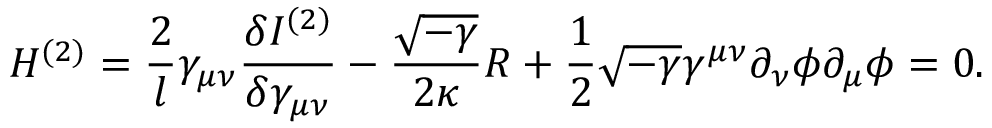
{ \cal H } ^ { ( 2 ) } = \frac { 2 } { l } \gamma _ { \mu \nu } \frac { \delta I ^ { ( 2 ) } } { \delta \gamma _ { \mu \nu } } - \frac { \sqrt { - \gamma } } { 2 \kappa } R + \frac { 1 } { 2 } \sqrt { - \gamma } \gamma ^ { \mu \nu } \partial _ { \nu } \phi \partial _ { \mu } \phi = 0 .